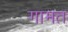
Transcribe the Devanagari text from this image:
गामत